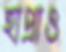
হাপ্‌রাও